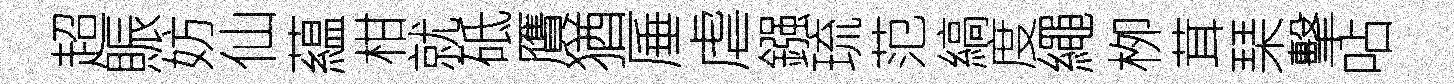
超賑妨仙藴柑就砥贋猶厜虐鏹琉范縞度繩栁茸琹擊呫